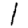
Digit: 1